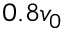
0 . 8 v _ { 0 }